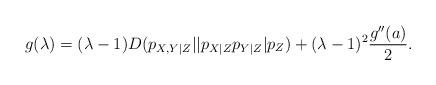
LaTeX: \begin{align*}g(\lambda) = (\lambda-1)D(p_{X,Y|Z}||p_{X|Z}p_{Y|Z}|p_Z) + (\lambda-1)^2 \frac{g^{\prime\prime}(a)}{2}. \end{align*}